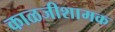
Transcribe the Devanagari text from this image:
काळजीशामक